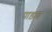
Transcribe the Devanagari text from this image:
पाड़ाद